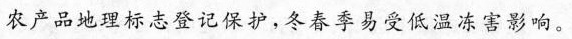
农产品地理标志登记保护，冬春季易受低温冻害影响。